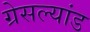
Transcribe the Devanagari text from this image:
ग्रेसल्यांड